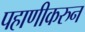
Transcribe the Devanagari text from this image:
पहाणीकरुन